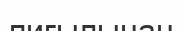
пиғылынан